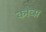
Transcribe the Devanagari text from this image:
कोव्स